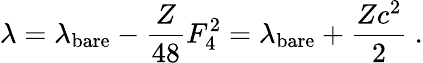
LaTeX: \lambda=\lambda_{\mathrm{bare}}-\frac{Z}{48}F_{4}^{2}=\lambda_{\mathrm{bare}}+\frac{Zc^{2}}{2}\ .